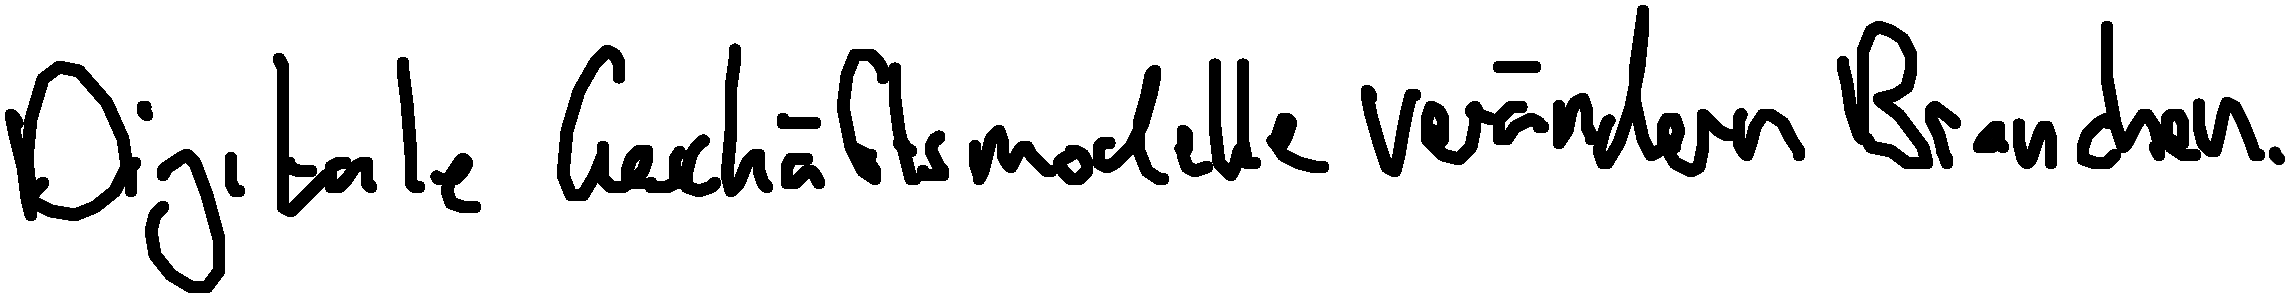
Digitale Geschäftsmodelle verändern Branchen.